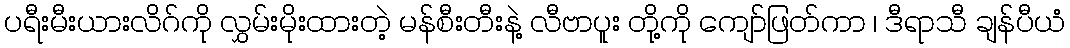
ပရီးမီးယားလိဂ်ကို လွှမ်းမိုးထားတဲ့ မန်စီးတီးနဲ့ လီဗာပူး တို့ကို ကျော်ဖြတ်ကာ ၊ ဒီရာသီ ချန်ပီယံ